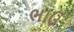
ભાઉ